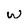
Character: w